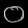
Digit: ၀